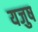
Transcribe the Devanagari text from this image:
यजुष